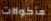
مأكولات